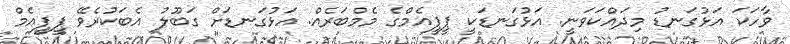
ވާހަކަ އަޅުގަނޑު މިދައްކަވަނީ. އަޅުގަނޑަކީ ޕީޕީއެމްގެ މެމްބަރެއް. އަޅުގަނޑަށް ގަބޫލު އެބަކުރެވޭ ޕީޕީއެމް